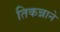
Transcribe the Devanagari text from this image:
तिकन्नाने